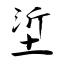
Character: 垽